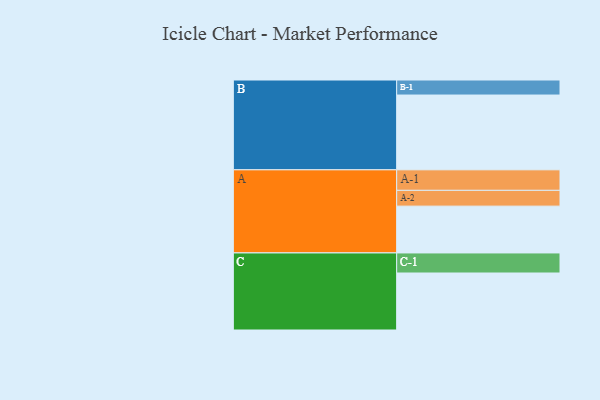
{"axis": {"x": "Segment", "y": "Value"}, "legend": ["", "A", "B", "C"], "data": [{"x": "A", "y": 308, "type": ""}, {"x": "B", "y": 492, "type": ""}, {"x": "C", "y": 375, "type": ""}, {"x": "A-1", "y": 135, "type": "A"}, {"x": "A-2", "y": 104, "type": "A"}, {"x": "B-1", "y": 99, "type": "B"}, {"x": "C-1", "y": 132, "type": "C"}]}